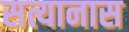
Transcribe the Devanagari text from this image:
सत्यानास